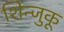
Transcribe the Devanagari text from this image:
शिन्जुकू